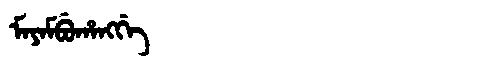
Manchu: ᠮᠠᠶᠠᠮᠪᡠᡥᠠᠩᡤᡝ
Romanization: MAYAMBUHANGGE